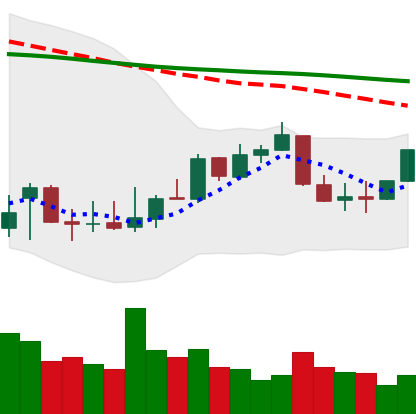
Ticker: XLM-USD
Chart end date: 2022-01-02
Forward return: -11.911%
Label: down_7plus